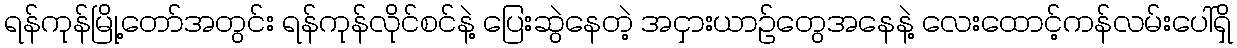
ရန်ကုန်မြို့တော်အတွင်း ရန်ကုန်လိုင်စင်နဲ့ ပြေးဆွဲနေတဲ့ အငှားယာဉ်တွေအနေနဲ့ လေးထောင့်ကန်လမ်းပေါ်ရှိ